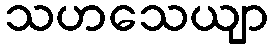
သဟသေယျာ